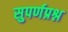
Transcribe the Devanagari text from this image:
सुपर्णप्रश्न